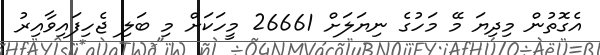
އެގޮތުން މިދިޔަ މޭ މަހުގެ ނިޔަލަށް 26661 މީހަކަށް މި ބަލި ޖެހިފައިވާއިރު